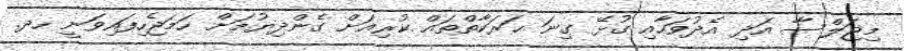
މިޖަލްސާ އަދި އެދުވަހާއި ގުޅޭ ގިނަ ޙަރަކާތްތައް ކުރިއަށް ގެންދިޔުމަށް ހަމަޖެހިފައިވަނީ ހދ.